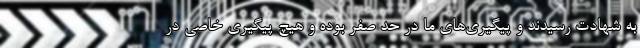
به شهادت رسیدند و پیگیری‌های ما در حد صفر بوده و هیچ پیگیری خاصی در